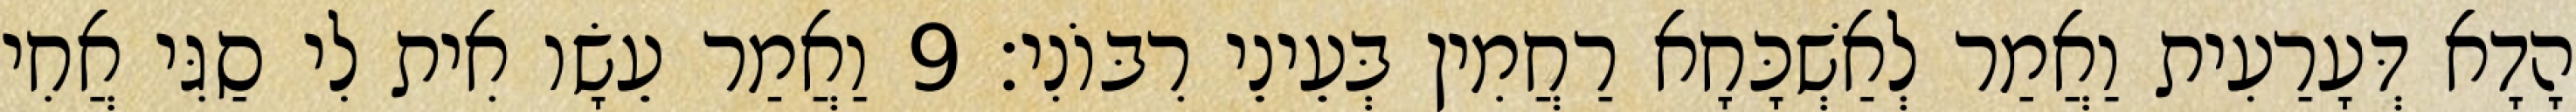
הָדָא דְּעָרַעִית וַאֲמַר לְאַשְׁכָּחָא רַחֲמִין בְּעֵינֵי רִבּוֹנִי׃ 9 וַאֲמַר עֵשָׂו אִית לִי סַגִּי אֲחִי